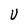
Character: U